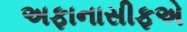
અફાનાસીફએ